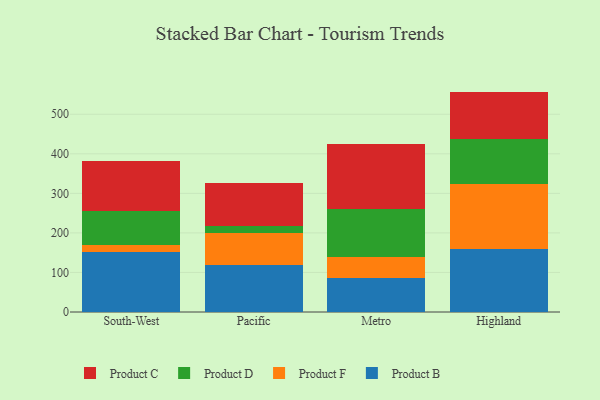
{"axis": {"x": "Region", "y": "Conversion Rate (%)"}, "legend": ["Product B", "Product C", "Product D", "Product F"], "data": [{"x": "South-West", "y": 150.8, "type": "Product B"}, {"x": "South-West", "y": 18.7, "type": "Product F"}, {"x": "South-West", "y": 86.5, "type": "Product D"}, {"x": "South-West", "y": 126.3, "type": "Product C"}, {"x": "Pacific", "y": 119.1, "type": "Product B"}, {"x": "Pacific", "y": 81.5, "type": "Product F"}, {"x": "Pacific", "y": 18.1, "type": "Product D"}, {"x": "Pacific", "y": 107.6, "type": "Product C"}, {"x": "Metro", "y": 85.9, "type": "Product B"}, {"x": "Metro", "y": 54.4, "type": "Product F"}, {"x": "Metro", "y": 119.5, "type": "Product D"}, {"x": "Metro", "y": 165.3, "type": "Product C"}, {"x": "Highland", "y": 160.2, "type": "Product B"}, {"x": "Highland", "y": 162.9, "type": "Product F"}, {"x": "Highland", "y": 114.8, "type": "Product D"}, {"x": "Highland", "y": 119.4, "type": "Product C"}]}